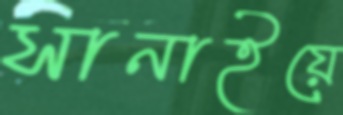
সানাইয়ে